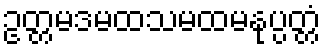
ဥတ္တမဒမထသမထမနုပ္ပတ္တံ